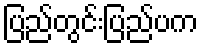
ပြည်တွင်းပြည်ပက